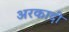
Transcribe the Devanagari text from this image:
अरकादी